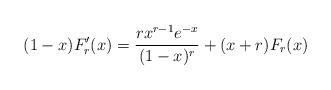
LaTeX: \begin{align*}(1-x)F'_r(x) = \frac{rx^{r-1}e^{-x}}{(1-x)^r} + (x+r)F_r(x)\end{align*}